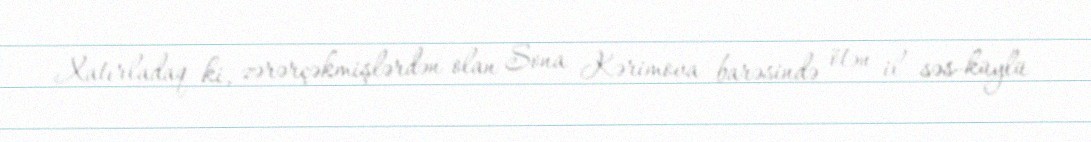
Xatırladaq ki, zərərçəkmişlərdən olan Sona Kərimova barəsində ötən il səs-küylü